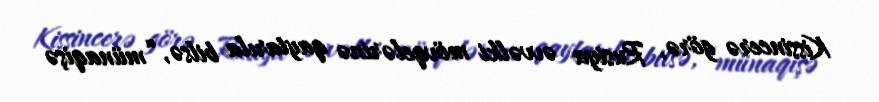
Kissincerə görə, Rusiya əvvəlki mövqelərinə qaytarıla bilsə, “münaqişə